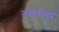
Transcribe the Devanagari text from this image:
तयारीवर